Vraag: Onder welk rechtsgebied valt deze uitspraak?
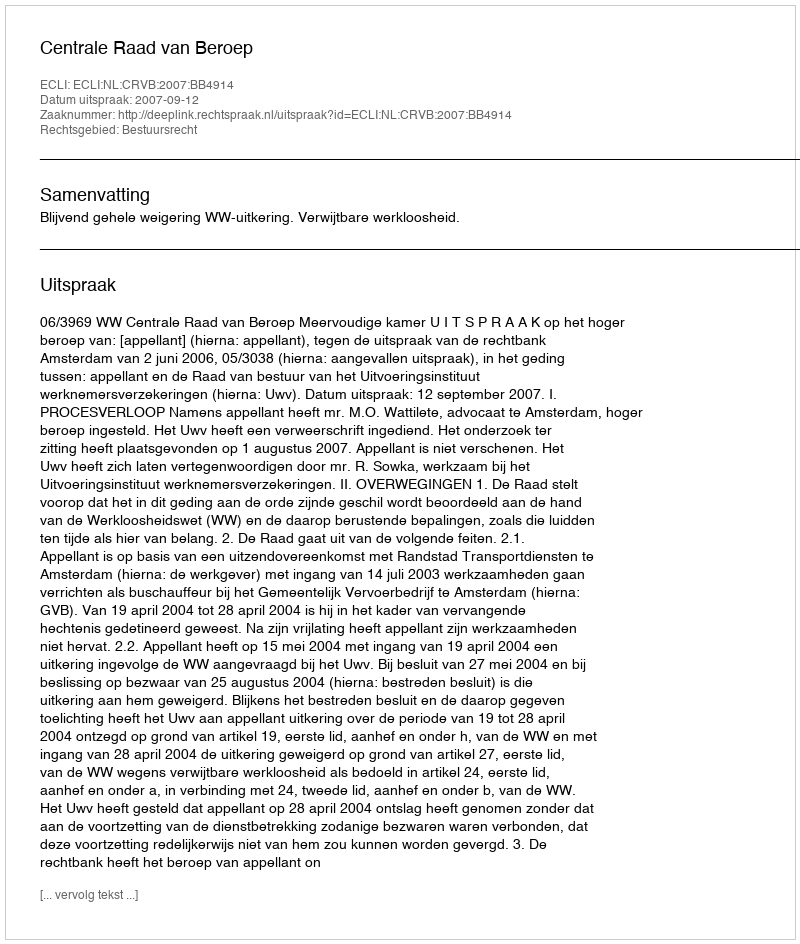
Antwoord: Bestuursrecht